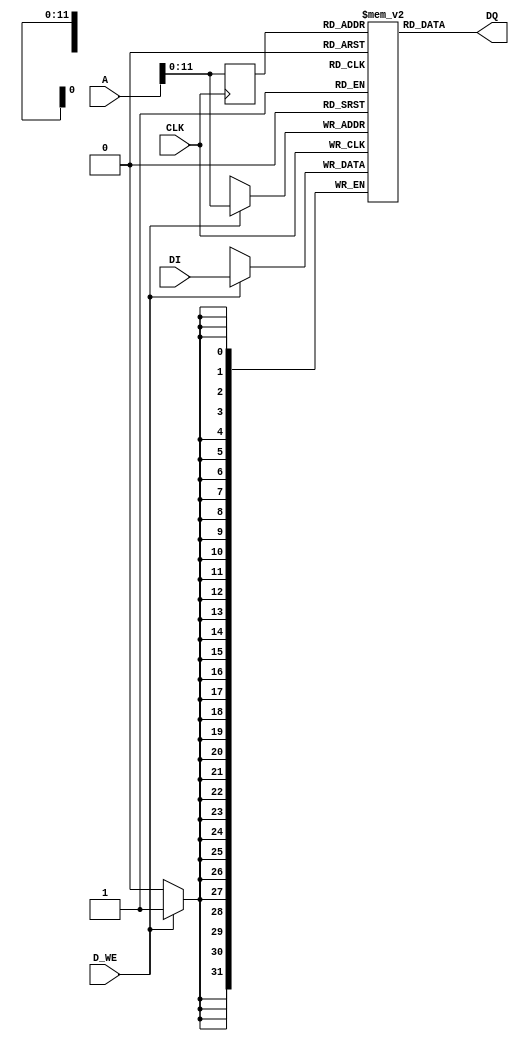
module data_word_memory(CLK, D_WE, A, DI, DQ);

parameter AW = 16;
parameter DW = 32;

	
input CLK;
input D_WE;
input [AW-1:0] A;
input [DW-1:0] DI;
output [DW-1:0] DQ;

wire [DW-1:0] DQ;

(* ram_style = "block" *) reg [DW-1:0] MEM [4095:0];

reg [AW-1:0] DA;	// rejestr na adres

always @(posedge CLK) begin
	DA <= A;
	if(D_WE) MEM[A] <= DI;
	end
		
assign DQ = MEM[DA];


endmodule